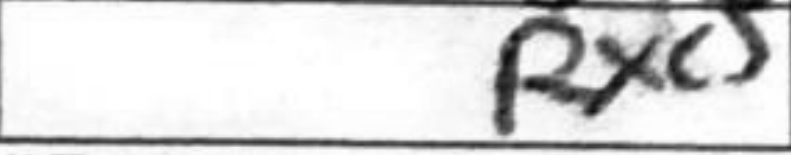
Transcription: Rxc5